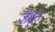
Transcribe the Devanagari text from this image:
जेहून